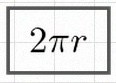
2\pi r